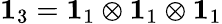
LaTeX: \mathbf{1}_{3}=\mathbf{1}_{1}\otimes\mathbf{1}_{1}\otimes\mathbf{1}_{1}